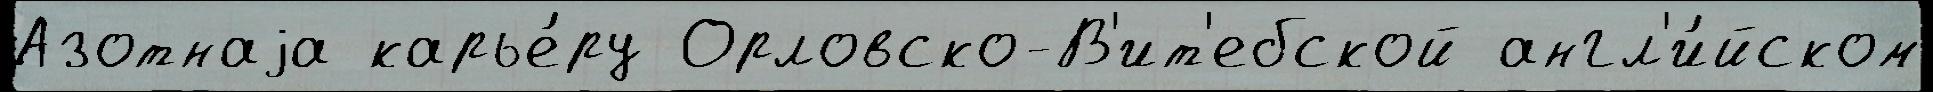
Азотнаjа карье́ру Орловско-В'ит'ебской англ'и́йском